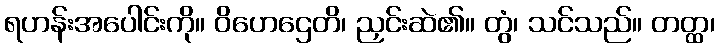
ရဟန်းအပေါင်းကို။ ဝိဟေဌေတိ၊ ညှင်းဆဲ၏။ တွံ၊ သင်သည်။ တတ္ထ၊